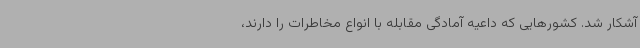
آشکار شد. کشورهایی که داعیه آمادگی مقابله با انواع مخاطرات را دارند،